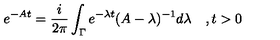
e ^ { - A t } = \frac { i } { 2 \pi } \int _ { \Gamma } e ^ { - \lambda t } ( A - \lambda ) ^ { - 1 } d \lambda \quad , t > 0